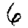
Digit: 6